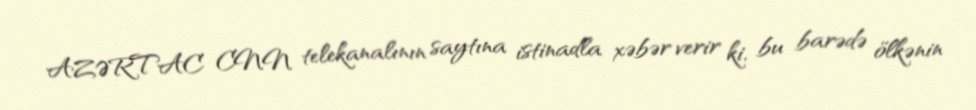
AZƏRTAC CNN telekanalının saytına istinadla xəbər verir ki, bu barədə ölkənin